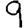
Digit: 9